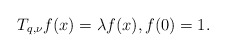
\begin{align*}T_{q,\nu}f(x)=\lambda f(x),f(0)=1.\end{align*}